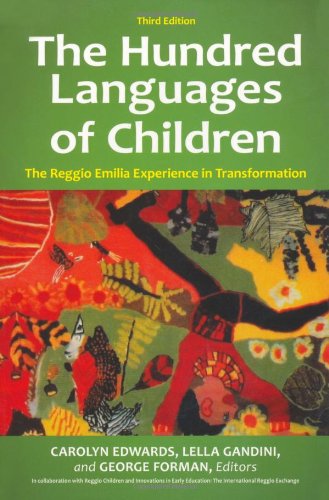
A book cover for The Hundred Languages of Children: The Reggio Emilia Experience in Transformation; Education & Teaching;